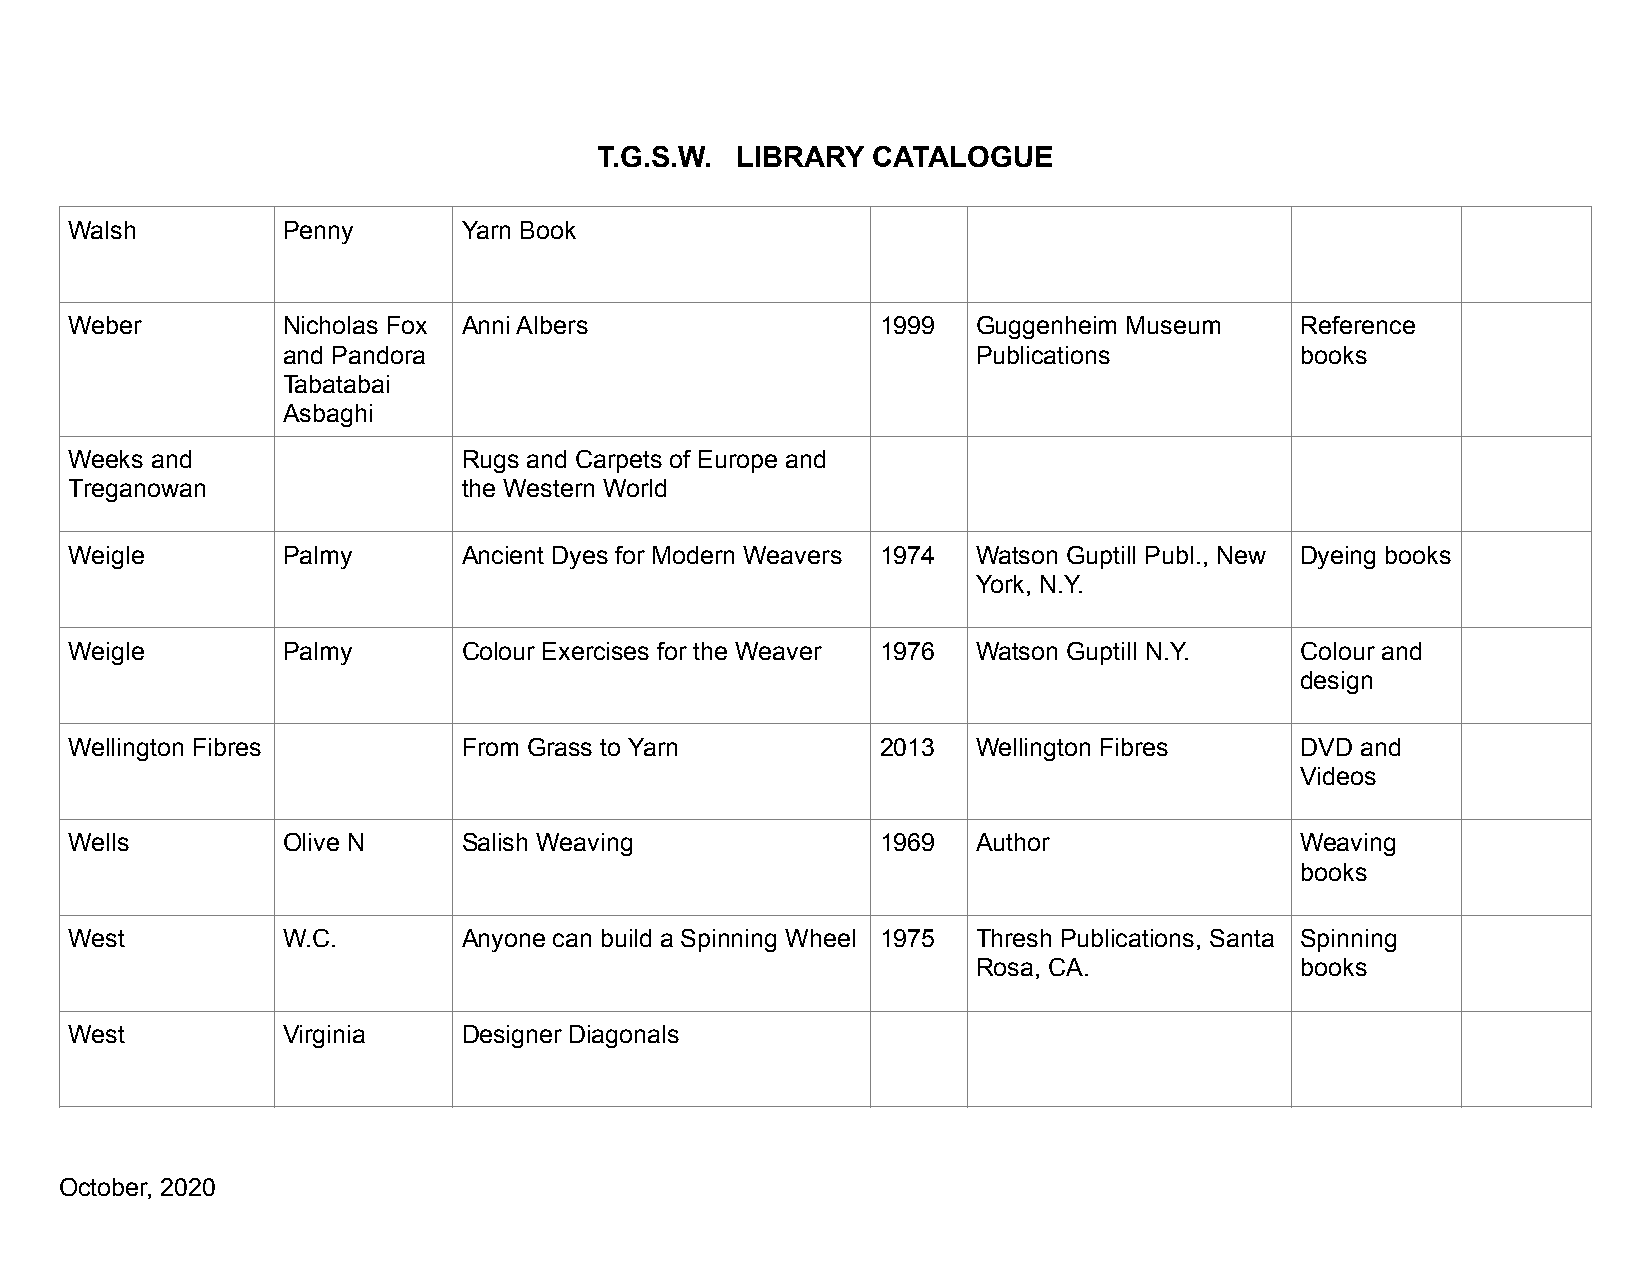
T.G.S.W. LIBRARY  CATALOGUE
 Walsh         Penny       Yarn Book
 Weber         Nicholas Fox Anni Albers               1999   Guggenheim Museum    Reference
 and Pandora                                   Publications         books
 Tabatabai
 Asbaghi
 Weeks and                 Rugs and Carpets of Europe and
 Treganowan                the Western World
 Weigle        Palmy       Ancient Dyes for Modern Weavers 1974 Watson Guptill Publ., New Dyeing books
 York, N.Y.
 Weigle        Palmy       Colour Exercises for the Weaver 1976 Watson Guptill N.Y. Colour and
 design
 Wellington Fibres         From Grass to Yarn         2013   Wellington Fibres    DVD and
 Videos
 Wells         Olive N     Salish Weaving             1969   Author               Weaving
 books
 West          W.C.        Anyone can build a Spinning Wheel 1975 Thresh Publications, Santa Spinning
 Rosa, CA.            books
 West          Virginia    Designer Diagonals
 October, 2020